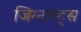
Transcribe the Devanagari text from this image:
जिम्नास्ट्स